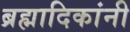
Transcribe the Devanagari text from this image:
ब्रह्मादिकांनी